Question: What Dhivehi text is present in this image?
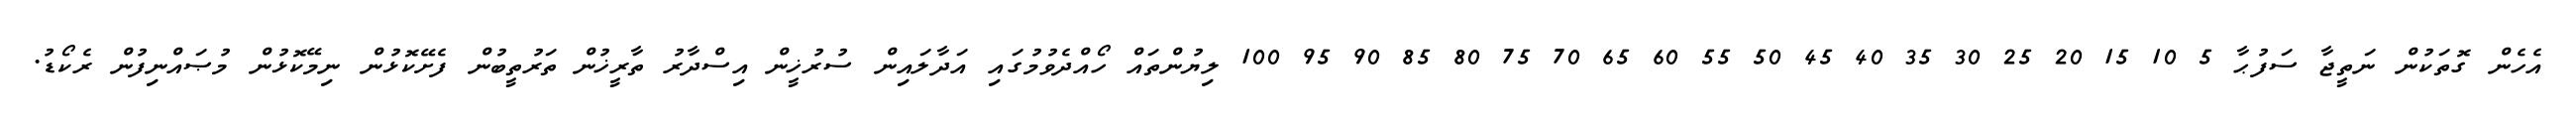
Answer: އެހެން ގޮތަކުން ނަތީޖާ ސަފުޙާ 5 10 15 20 25 30 35 40 45 50 55 60 65 70 75 80 85 90 95 100 ލިޔުންތައް ހޯއްދެވުމުގައި އަދާލައިން ސުރުޚީން އިސްދާރު ތާރީޚުން ތަރުތީބުން ފެށޭކޮޅުން ނިމޭކޮޅުން މުޞައްނިފުން ރެކޯޑު.